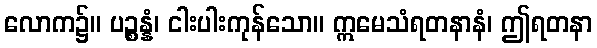
လောက၌။ ပဉ္စန္နံ၊ ငါးပါးကုန်သော။ ဣမေသံရတနာနံ၊ ဤရတနာ